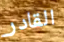
القادر